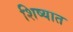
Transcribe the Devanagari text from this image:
शिष्यात